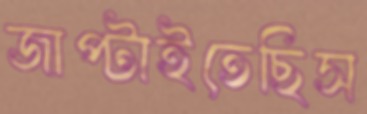
জাপ্‌টাইতেছিস